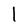
Character: l